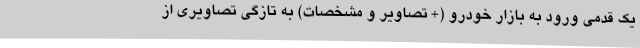
یک قدمی ورود به بازار خودرو (+ تصاویر و مشخصات) به تازگی تصاویری از